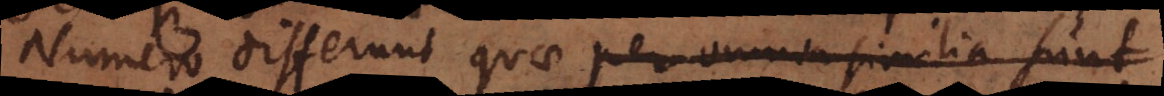
Numero differunt quae per omnia similia sunt